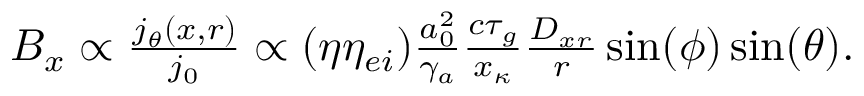
\begin{array} { r } { B _ { x } \propto \frac { j _ { \theta } ( x , r ) } { j _ { 0 } } \propto ( \eta \eta _ { e i } ) \frac { a _ { 0 } ^ { 2 } } { \gamma _ { a } } \frac { c \tau _ { g } } { x _ { \kappa } } \frac { D _ { x r } } { r } \sin ( \phi ) \sin ( \theta ) . } \end{array}